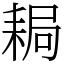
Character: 䎤